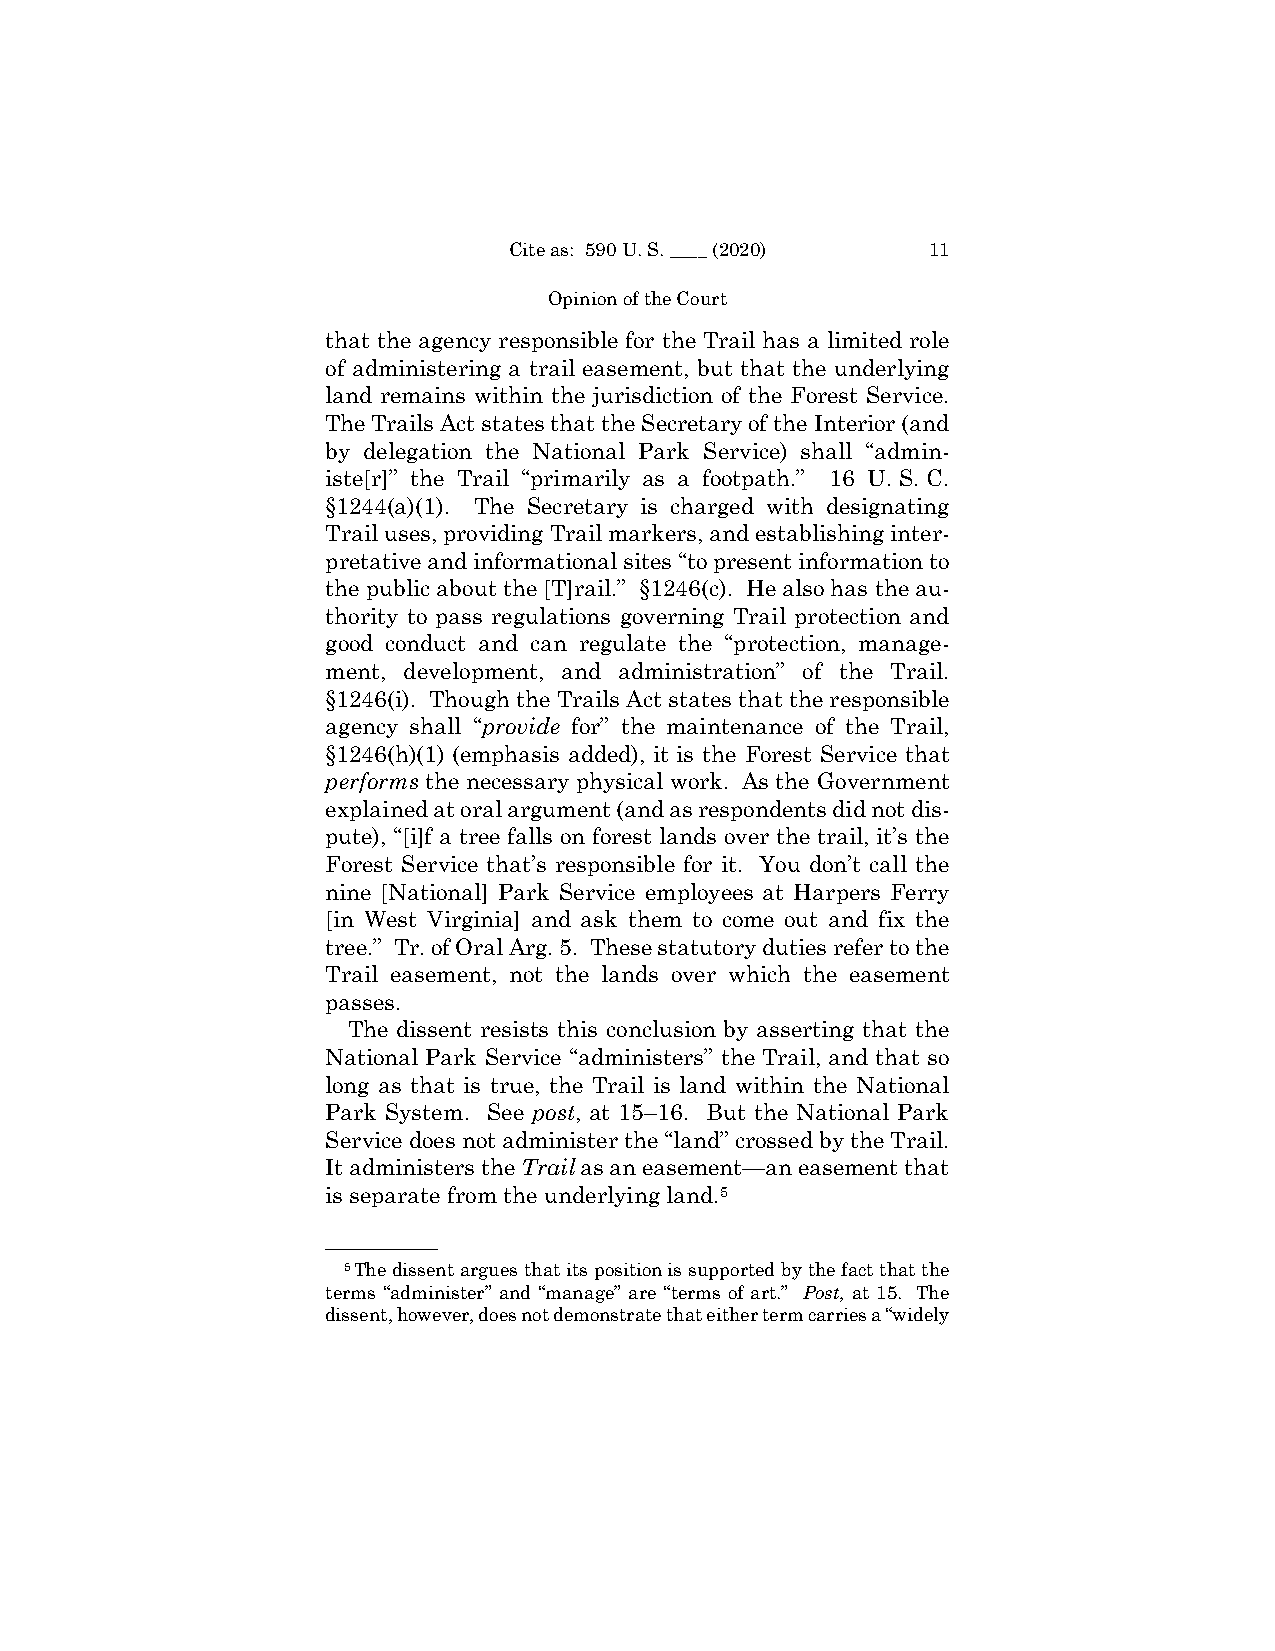
Cite as: 590 U. S. ____ (2020) 11
 Opinion of the Court
 that the agency responsible for the Trail has a limited role
 of administering a trail easement, but that the underlying
 land remains within the jurisdiction of the Forest Service.
 The Trails Act states that the Secretary of the Interior (and
 by delegation the National Park Service) shall “admin-
 iste[r]” the Trail “primarily as a footpath.” 16 U. S. C.
 §1244(a)(1). The Secretary is charged with designating
 Trail uses, providing Trail markers, and establishing inter-
 pretative and informational sites “to present information to
 the public about the [T]rail.” §1246(c). He also has the au-
 thority to pass regulations governing Trail protection and
 good conduct and can regulate the “protection, manage-
 ment, development, and administration” of the Trail.
 §1246(i). Though the Trails Act states that the responsible
 agency shall “provide for” the maintenance of the Trail,
 §1246(h)(1) (emphasis added), it is the Forest Service that
 performs the necessary physical work. As the Government
 explained at oral argument (and as respondents did not dis-
 pute), “[i]f a tree falls on forest lands over the trail, it’s the
 Forest Service that’s responsible for it. You don’t call the
 nine [National] Park Service employees at Harpers Ferry
 [in West Virginia] and ask them to come out and fix the
 tree.” Tr. of Oral Arg. 5. These statutory duties refer to the
 Trail easement, not the lands over which the easement
 passes.
 The dissent resists this conclusion by asserting that the
 National Park Service “administers” the Trail, and that so
 long as that is true, the Trail is land within the National
 Park System. See post, at 15–16. But the National Park
 Service does not administer the “land” crossed by the Trail.
 It administers the Trail as an easement—an easement that
 is separate from the underlying land.5
 ——————
 5The dissent argues that its position is supported by the fact that the
 terms “administer” and “manage” are “terms of art.” Post, at 15. The
 dissent, however, does not demonstrate that either term carries a “widely